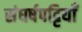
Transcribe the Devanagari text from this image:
संघर्षपट्टियाँ